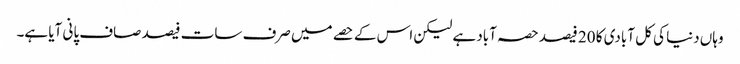
وہاں دنیا کی کل آبادی کا 20 فیصد حصہ آباد ہے لیکن اس کے حصے میں صرف سات فیصد صاف پانی آیا ہے۔